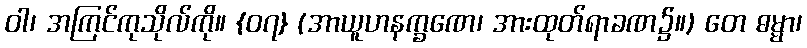
ဝါ၊ အကြင်ကုသိုလ်ကို။ {၀၇} (အာယူဟနက္ခဏေ၊ အားထုတ်ရာခဏ၌။) တေ ဓမ္မာ၊